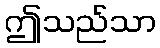
ဤသည်သာ